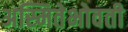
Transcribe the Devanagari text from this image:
अस्मितेभोवती